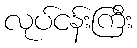
လုပ်ငန်းကြီး